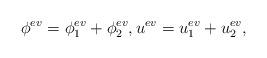
LaTeX: \begin{align*} \phi^{ev} = \phi_1^{ev} + \phi_2^{ev}, u^{ev} = u_1^{ev} + u_2^{ev},\end{align*}